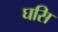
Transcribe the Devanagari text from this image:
घसि